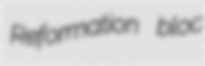
Reformation bloc